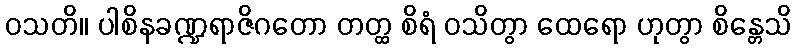
ဝသတိ။ ပါစိနခဏ္ဍရာဇိဂတော တတ္ထ စိရံ ဝသိတွာ ထေရော ဟုတွာ စိန္တေသိ